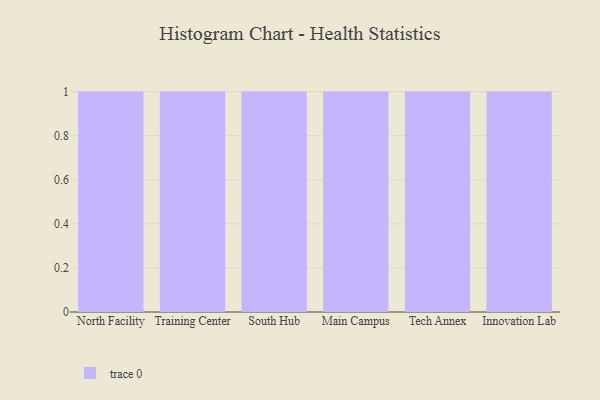
{"axis": {"x": "Campus", "y": "Population (Million)"}, "legend": [""], "data": [{"x": "North Facility", "y": 7, "type": ""}, {"x": "Training Center", "y": 55, "type": ""}, {"x": "South Hub", "y": 64, "type": ""}, {"x": "Main Campus", "y": 30, "type": ""}, {"x": "Tech Annex", "y": 85, "type": ""}, {"x": "Innovation Lab", "y": 58, "type": ""}]}